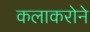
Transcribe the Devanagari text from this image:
कलाकरोने